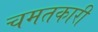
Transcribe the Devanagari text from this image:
चमतकारी